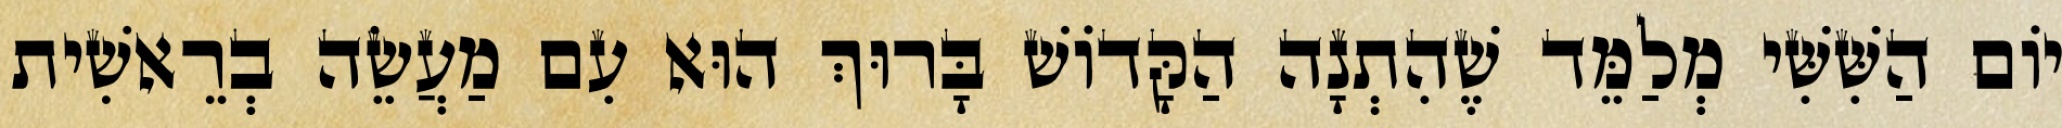
יוֹם הַשִּׁשִּׁי מְלַמֵּד שֶׁהִתְנָה הַקָּדוֹשׁ בָּרוּךְ הוּא עִם מַעֲשֵׂה בְרֵאשִׁית